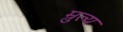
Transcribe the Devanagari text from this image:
म्रुत्य